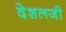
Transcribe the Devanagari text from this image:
देशलजी